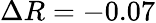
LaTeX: \Delta R=-0.07